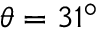
\theta = 3 1 ^ { \circ }